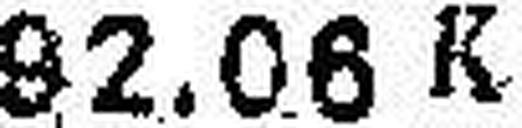
92.06 K